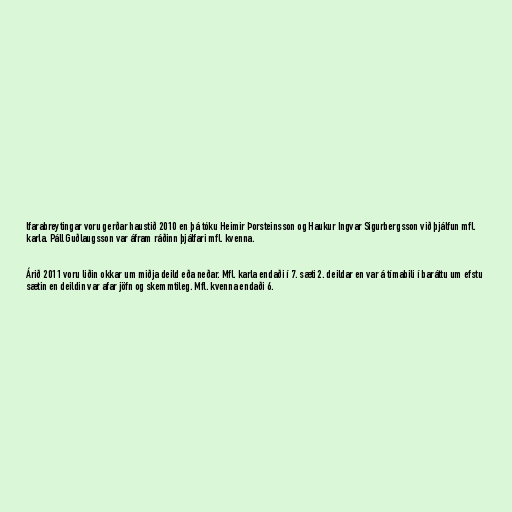
lfarabreytingar voru gerðar haustið 2010 en þá tóku Heimir Þorsteinsson og Haukur Ingvar Sigurbergsson við þjálfun mfl.
karla. Páll Guðlaugsson var áfram ráðinn þjálfari mfl. kvenna.

Árið 2011 voru liðin okkar um miðja deild eða neðar. Mfl. karla endaði í 7. sæti 2. deildar en var á tímabili í baráttu um efstu
sætin en deildin var afar jöfn og skemmtileg. Mfl. kvenna endaði 6.